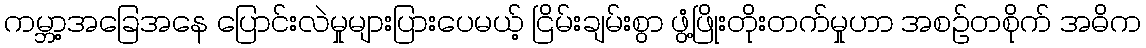
ကမ္ဘာ့အခြေအနေ ပြောင်းလဲမှုများပြားပေမယ့် ငြိမ်းချမ်းစွာ ဖွံ့ဖြိုးတိုးတက်မှုဟာ အစဉ်တစိုက် အဓိက